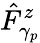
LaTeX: \hat{F}_{\gamma_{p}}^{z}